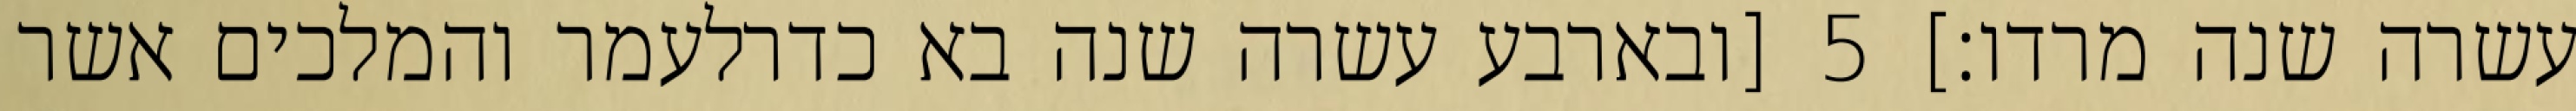
עשרה שנה מרדו׃] ‎5‏ [ובארבע עשרה שנה בא כדרלעמר והמלכים אשר